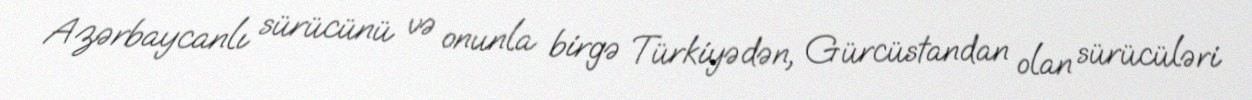
Azərbaycanlı sürücünü və onunla birgə Türkiyədən, Gürcüstandan olan sürücüləri